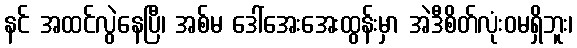
နင် အထင်လွဲနေပြီ၊ အစ်မ ဒေါ်အေးအေးထွန်းမှာ အဲဒီစိတ်လုံးဝမရှိဘူး၊